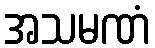
အသမဏံ